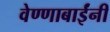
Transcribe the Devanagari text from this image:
वेण्णाबाईंनी